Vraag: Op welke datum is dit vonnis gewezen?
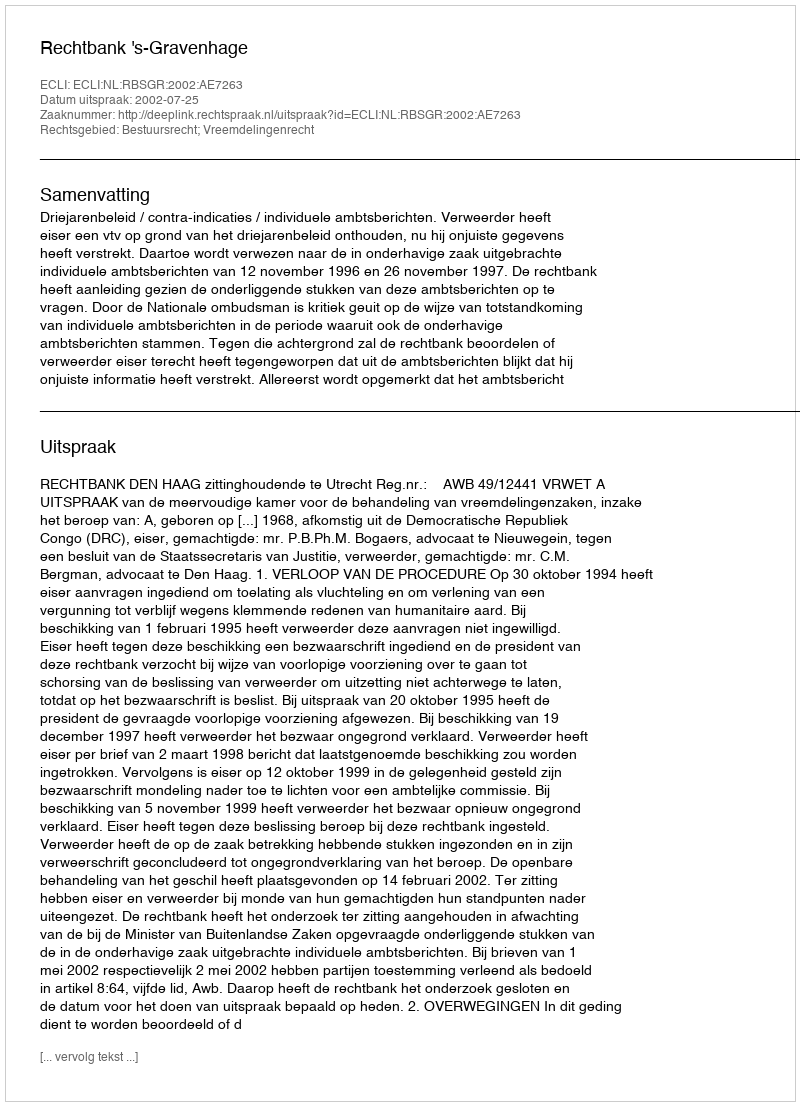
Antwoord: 2002-07-25